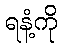
ရနံ့ကို